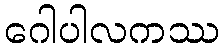
ဂေါပါလကဿ